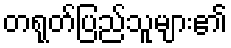
တရုတ်ပြည်သူများ၏